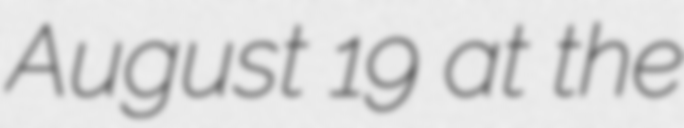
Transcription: August 19 at the